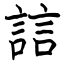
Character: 誩